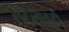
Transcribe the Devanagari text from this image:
सैटेलाइटों